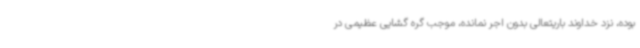
بوده، نزد خداوند باریتعالی بدون اجر نمانده، موجب گره گشایی عظیمی در